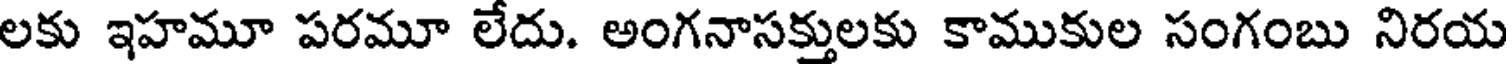
లకు ఇహమూ పరమూ లేదు. అంగనాసక్తులకు కాముకుల సంగంబు నిరయ